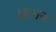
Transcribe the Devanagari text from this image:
ध्वनन